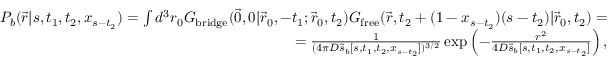
\begin{array} { r } { P _ { b } ( \vec { r } | s , t _ { 1 } , t _ { 2 } , x _ { s - t _ { 2 } } ) = \int d ^ { 3 } r _ { 0 } G _ { \mathrm { b r i d g e } } ( \vec { 0 } , 0 | \vec { r } _ { 0 } , - t _ { 1 } ; \vec { r } _ { 0 } , t _ { 2 } ) G _ { \mathrm { f r e e } } ( \vec { r } , t _ { 2 } + ( 1 - x _ { s - t _ { 2 } } ) ( s - t _ { 2 } ) | \vec { r } _ { 0 } , t _ { 2 } ) = } \\ { = \frac { 1 } { ( 4 \pi D \tilde { s } _ { b } [ s , t _ { 1 } , t _ { 2 } , x _ { s - t _ { 2 } } ] ) ^ { 3 / 2 } } \exp \left( - \frac { r ^ { 2 } } { 4 D \tilde { s } _ { b } [ s , t _ { 1 } , t _ { 2 } , x _ { s - t _ { 2 } } ] } \right) , } \end{array}